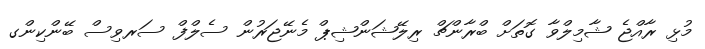
މުޅި ރާއްޖެ ޝާމިލްވާ ގޮތަށް ބްރާންޗް ރިލޭޝަންޝިޕް މެނޭޖަރުން ސެލްފް ސަރވިސް ބޭންކިންގ